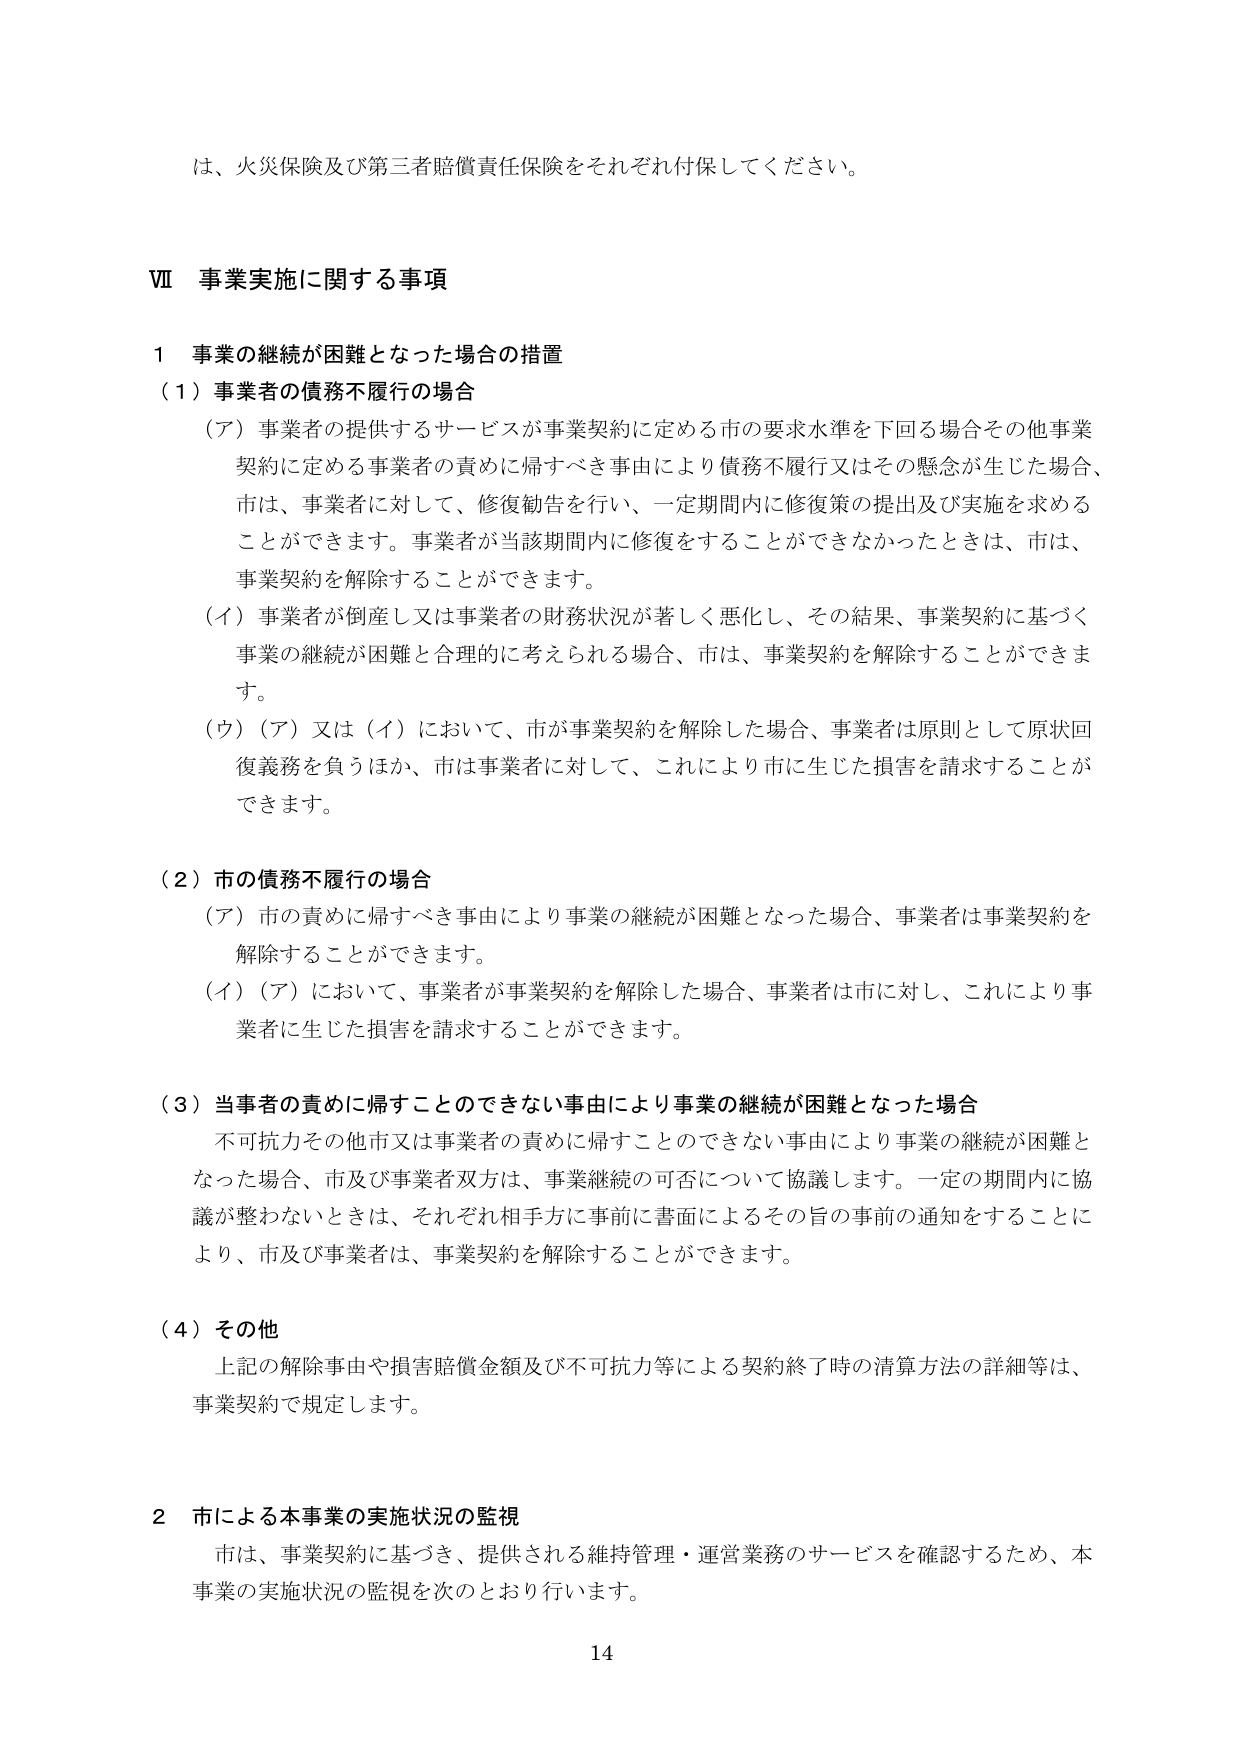
は、火災保険及び第三者賠償責任保険をそれぞれ付保してください。

Ⅶ 事業実施に関する事項

１ 事業の継続が困難となった場合の措置

（１）事業者の債務不履行の場合

（ア）事業者の提供するサービスが事業契約に定める市の要求水準を下回る場合その他事業契約に定める事業者の責めに帰すべき事由により債務不履行又はその懸念が生じた場合、市は、事業者に対して、修復勧告を行い、一定期間内に修復策の提出及び実施を求めることが出来ます。事業者が当該期間内に修復をすることができなかったときは、市は、事業契約を解除することができます。

（イ）事業者が倒産し又は事業者の財務状況が著しく悪化し、その結果、事業契約に基づく事業の継続が困難と合理的に考えられる場合、市は、事業契約を解除することができます。

（ウ）（ア）又は（イ）において、市が事業契約を解除した場合、事業者は原則として原状回復義務を負うほか、市は事業者に対して、これにより市に生じた損害を請求することができます。

（２）市の債務不履行の場合

（ア）市の責めに帰すべき事由により事業の継続が困難となった場合、事業者は事業契約を解除することができます。

（イ）（ア）において、事業者が事業契約を解除した場合、事業者は市に対し、これにより事業者に生じた損害を請求することができます。

（３）当事者の責めに帰することのできない事由により事業の継続が困難となった場合

不可抗力その他市又は事業者の責めに帰することのできない事由により事業の継続が困難となった場合、市及び事業者双方は、事業継続の可否について協議します。一定の期間内に協議が整わないときは、それぞれ相手方に事前に書面によるその旨の事前の通知をすることにより、市及び事業者は、事業契約を解除することができます。

（４）その他

上記の解除事由や損害賠償金額及び不可抗力等による契約終了時の清算方法の詳細等は、事業契約で規定します。

２ 市による本事業の実施状況の監視

市は、事業契約に基づき、提供される維持管理・運営業務のサービスを確認するため、本事業の実施状況の監視を次のとおり行います。

14